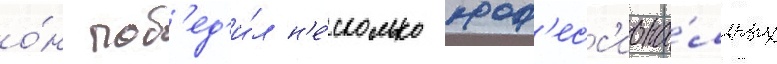
о́н поб'ед'и́л н'е́сколько проф'есс'иона́льных